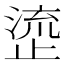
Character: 𬈰